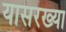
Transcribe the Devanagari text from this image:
यासरख्या